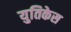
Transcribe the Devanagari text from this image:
युतिकेस